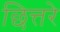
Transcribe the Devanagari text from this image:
छित्तरे